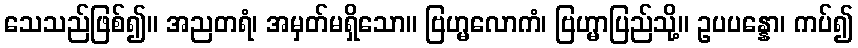
သေသည်ဖြစ်၍။ အညတရံ၊ အမှတ်မရှိသော။ ဗြဟ္မလောကံ၊ ဗြဟ္မာပြည်သို့။ ဥပပန္နော၊ ကပ်၍